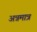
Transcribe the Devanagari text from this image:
अन्नमात्र